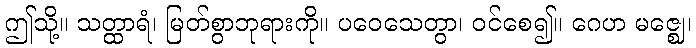
ဤသို့။ သတ္ထာရံ၊ မြတ်စွာဘုရားကို။ ပဝေသေတွာ၊ ဝင်စေ၍။ ဂေဟ မဇ္ဈေ၊